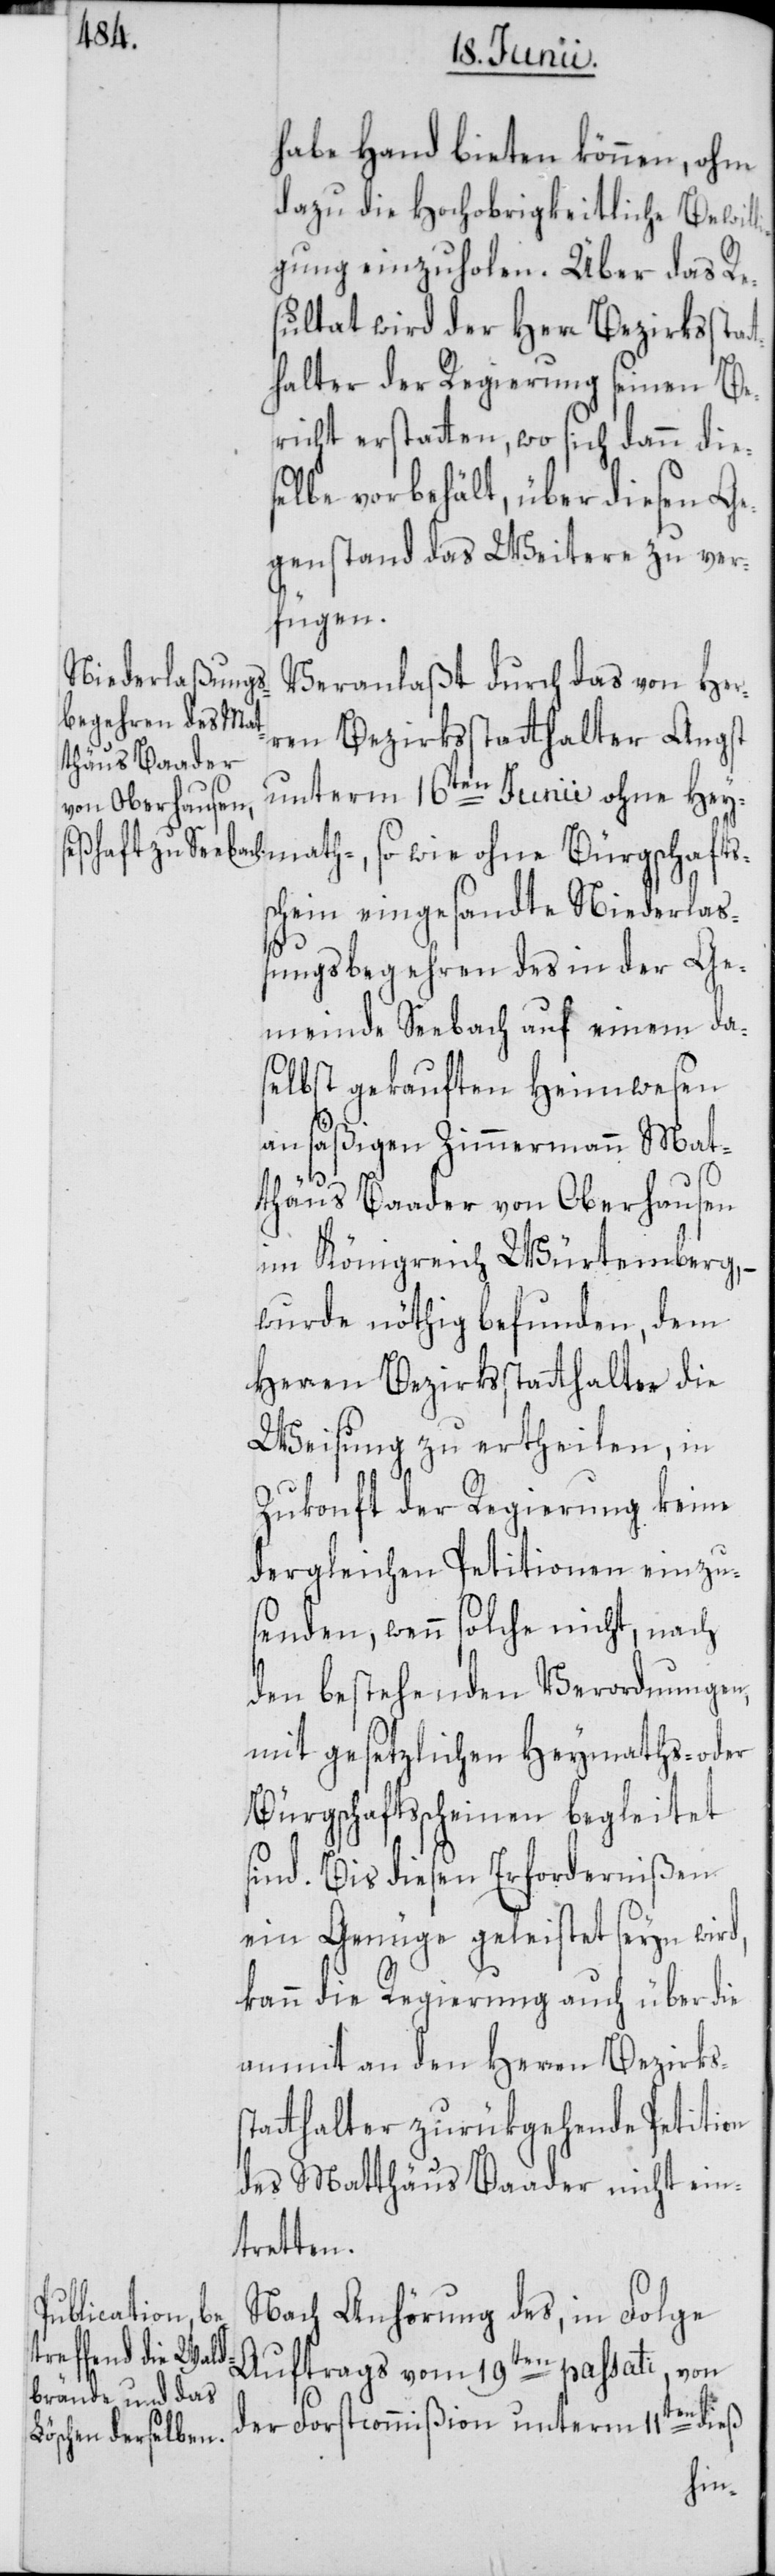
thäus Baader
von Oberhausen

habe Hand bieten können, ohne
dazu die Hochobrigkeitliche Bewilli¬
gung einzuholen. Über das Re¬
sultat wird der Herr Bezirksstat¬
thalter der Regierung seinen Be¬
richt erstatten, wo sich dann die¬
selbe vorbehält, über diesen Ge¬
genstand das Weitere zu ver¬
fügen.
Veranlaßt durch das von Her¬
ren Bezirksstatthalter Angst
unterm 16ten Junii ohne Hey¬
math-, so wie ohne Bürgschafts¬
schein eingesandte Niederlaß¬
ungsbegehren des in der Ge¬
meinde Seebach auf einem da¬
selbst gekauften Heimwesen
ansäßigen Zimmermann Mat¬
im Königreich Würtemberg,
wurde nöthig befunden, dem
Herren Bezirksstatthalter die
Weisung zu ertheilen, in
Zukonft der Regierung keine
dergleichen Petitionen einzu¬
senden, wenn solche nicht, nach
den bestehenden Verordnungen,
mit gesetzlichen Heymaths- oder
Bürgschaftsscheinen begleitet
sind. Bis diesen Erfordernißen
ein Genüge geleistet seyn wird,
kann die Regierung auch über die
anmit an den Herren Bezirkss¬
tatthalter zurükgehende Petition
des Matthäus Baader nicht ein¬
tretten.
Nach Anhörung des, in Folge
Auftrags vom 19ten passati, von
der Forstcommißion unterm 11ten dieß